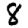
Digit: 8